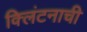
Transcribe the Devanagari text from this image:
क्लिंटनाची